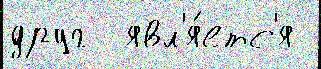
друг  явл'я́етс'я